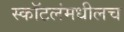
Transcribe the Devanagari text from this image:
स्कॉटलंमधीलच